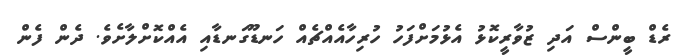
ރެޑް ބީންސް އަދި ޒުވާރީކޮޅު އެޅުމަށްފަހު ހުރިހާއެއްޗެއް ހަނޑޫގަނޑާއި އެއްކޮށްލާށެވެ. ދެން ފެން